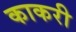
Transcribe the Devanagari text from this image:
काकरी